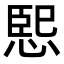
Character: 𭝨